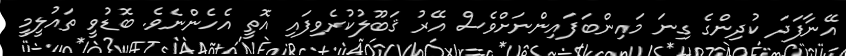
އޭނާފަދަ ކުދިންގެ ގިނަ މައިންބަފައިންނަށްވެސް އޭރު ޤަބޫލުކުރެވިފައި އޮތީ އެހެންނެވެ. ބޮޑުވީ ތައުލީމީ